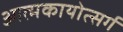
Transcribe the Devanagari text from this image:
आत्मकायोत्सर्ग